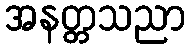
အနတ္တသညာ